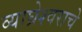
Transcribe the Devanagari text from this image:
व्याघ्रेश्वराचे